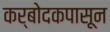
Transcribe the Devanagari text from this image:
कर्बोदकपासून